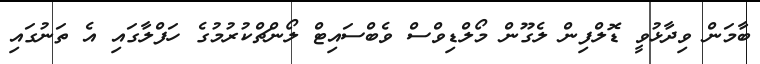
ބާމަން ވިދާޅުވީ ޑޮލްފިން ލެގޫން މޯލްޑިވްސް ވެބްސައިޓް ލޯންޗްކުރުމުގެ ހަފްލާގައި އެ ތަނުގައި